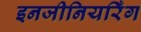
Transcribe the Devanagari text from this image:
इनजीनियरिँग